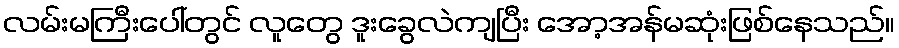
လမ်းမကြီးပေါ်တွင် လူတွေ ဒူးခွေလဲကျပြီး အော့အန်မဆုံးဖြစ်နေသည်။